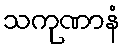
သကုဏာနံ